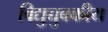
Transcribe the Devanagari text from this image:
विद्युच्चुबकीय